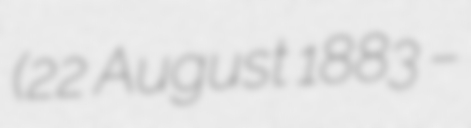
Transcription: (22 August 1883 –